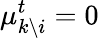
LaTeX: \mu_{k\setminus i}^{t}=0